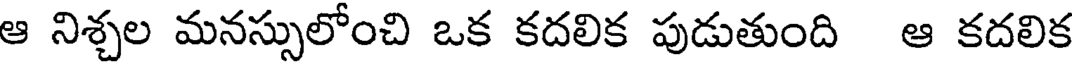
ఆ నిశ్చల మనస్సులోంచి ఒక కదలిక పుడుతుంది ఆ కదలిక